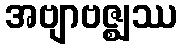
အဗျာဗဇ္ဈဿ